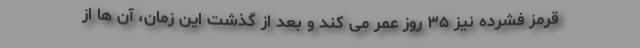
قرمز فشرده نیز ۳۵ روز عمر می کند و بعد از گذشت این زمان، آن ها از